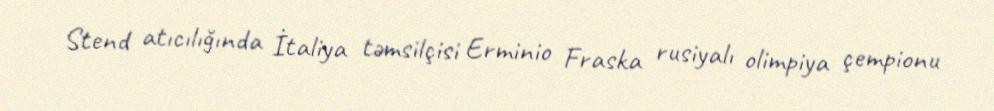
Stend atıcılığında İtaliya təmsilçisi Erminio Fraska rusiyalı olimpiya çempionu